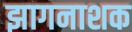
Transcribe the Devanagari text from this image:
झागनाशक